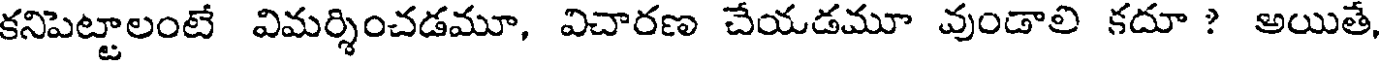
కనిపెట్టాలంటే విమర్శించడమూ, విచారణ చేయడమూ వుండాలి కదూ ? అయితే